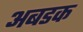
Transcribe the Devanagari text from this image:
अबडक